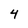
Character: 4